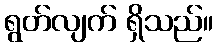
ရွတ်လျက် ရှိသည်။